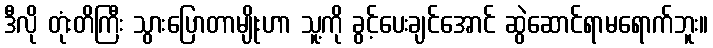
ဒီလို တုံးတိကြီး သွားပြောတာမျိုးဟာ သူ့ကို ခွင့်ပေးချင်အောင် ဆွဲဆောင်ရာမရောက်ဘူး။